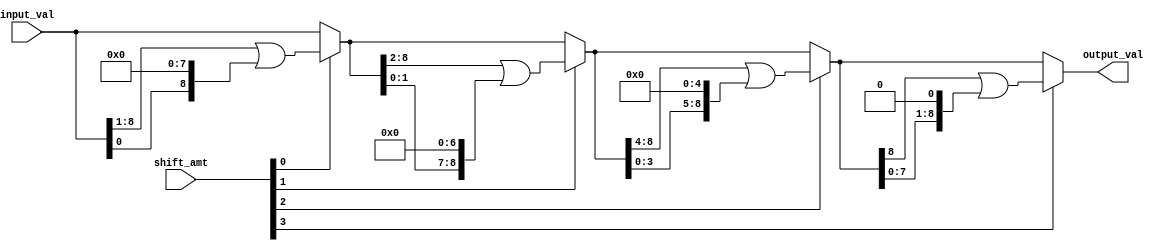
// This program was cloned from: https://github.com/VerticalResearchGroup/miaow
// License: BSD 3-Clause "New" or "Revised" License

module circular_barrel_shift_9b(
    output_val,
    input_val,
    shift_amt
);

output[8:0] output_val;

input[8:0] input_val;
input[3:0] shift_amt;

wire[8:0] shift_1, shift_2, shift_4, shift_8, shift_16; 

assign shift_1  = shift_amt[0] ? (input_val >> 1 | input_val << 8) : input_val;
assign shift_2  = shift_amt[1] ? (shift_1 >> 2 | shift_1 << 7) : shift_1;
assign shift_4  = shift_amt[2] ? (shift_2 >> 4 | shift_2 << 5) : shift_2;
assign output_val = shift_amt[3] ? (shift_4 >>  8 | shift_4 << 1) : shift_4;

endmodule